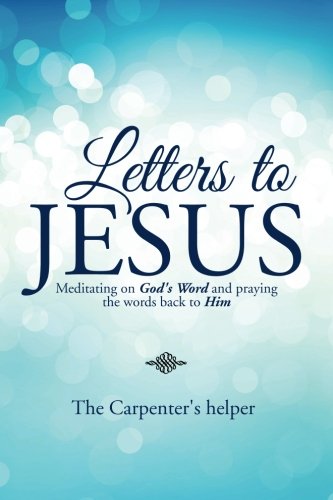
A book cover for Letters to Jesus: Meditating on God's Word and praying the words back to Him; The Carpenter's Helper; Christian Books & Bibles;